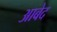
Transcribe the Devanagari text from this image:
अाबेद